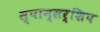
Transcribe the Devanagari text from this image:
स्पान्सर्शिप